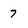
Character: 7